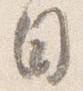
目